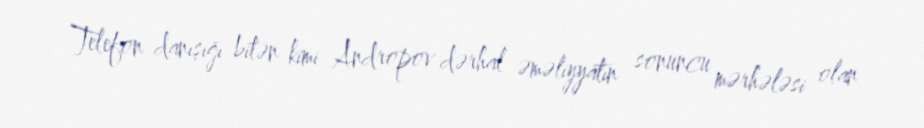
Telefon danışığı bitən kimi Andropov dərhal əməliyyatın sonuncu mərhələsi olan